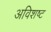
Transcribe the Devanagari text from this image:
अविशष्ट